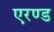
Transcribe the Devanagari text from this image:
एरण्ड